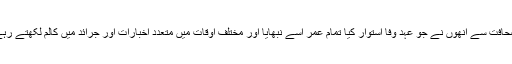
صحافت سے انھوں نے جو عہد وفا استوار کیا تمام عمر اسے نبھایا اور مختلف اوقات میں متعدد اخبارات اور جرائد میں کالم لکھتے رہے۔